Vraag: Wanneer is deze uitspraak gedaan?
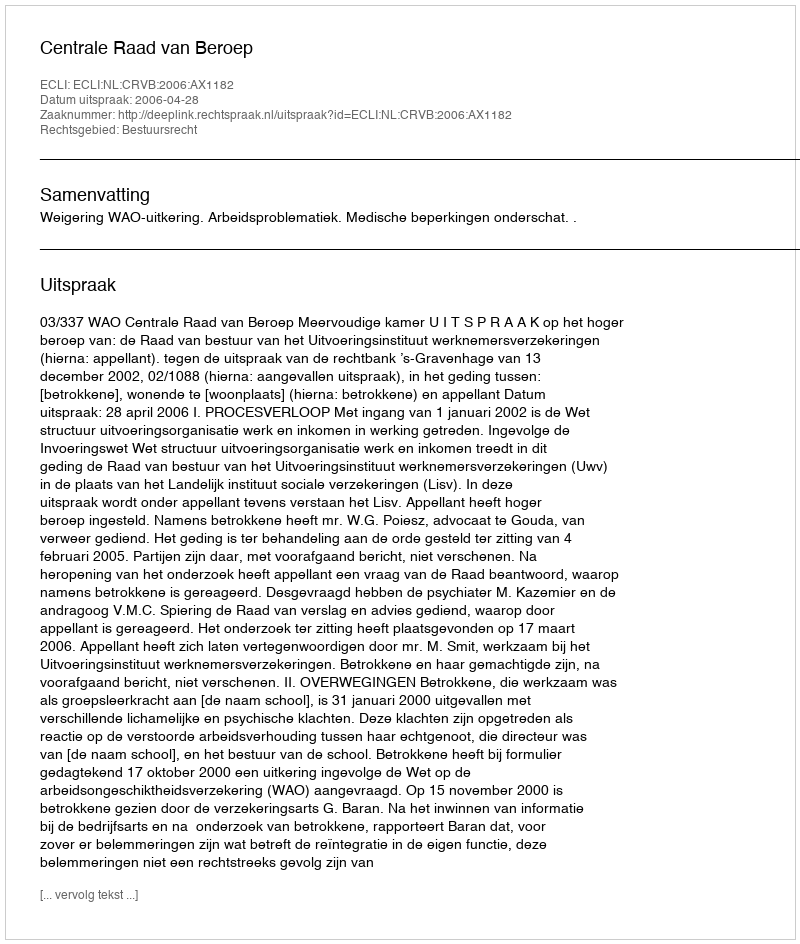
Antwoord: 2006-04-28